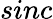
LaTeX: sinc